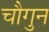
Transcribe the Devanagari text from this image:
चौगुन